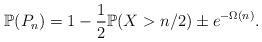
LaTeX: \begin{align*} \mathbb{P}(P_n ) = 1 - \frac{1}{2} \mathbb{P}(X > n/2) \pm e^{-\Omega(n)}. \end{align*}